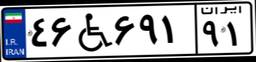
۴۶W۶۹۱۹۱